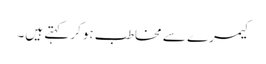
کیمرے سے مخاطب ہوکر کہتے ہیں۔